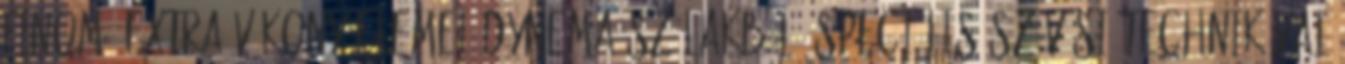
finom, extra vékony elemei Dynema szálakból, speciális szövési technikával